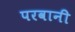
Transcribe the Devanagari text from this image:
परवानी